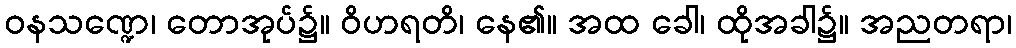
ဝနသဏ္ဍေ၊ တောအုပ်၌။ ဝိဟရတိ၊ နေ၏။ အထ ခေါ၊ ထိုအခါ၌။ အညတရာ၊